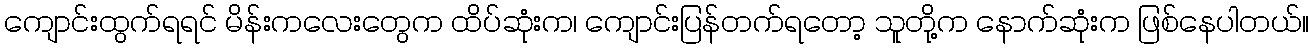
ကျောင်းထွက်ရရင် မိန်းကလေးတွေက ထိပ်ဆုံးက၊ ကျောင်းပြန်တက်ရတော့ သူတို့က နောက်ဆုံးက ဖြစ်နေပါတယ်။